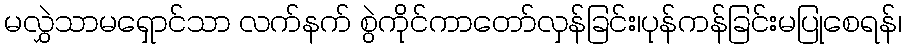
မလွှဲသာမရှောင်သာ လက်နက် စွဲကိုင်ကာတော်လှန်ခြင်း၊ပုန်ကန်ခြင်းမပြုစေရန်၊